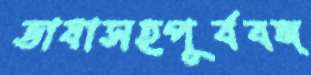
ভাষাসহপূর্ববঙ্গ